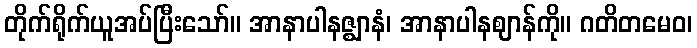
တိုက်ရိုက်ယူအပ်ပြီးသော်။ အာနာပါနဇ္ဈာနံ၊ အာနာပါနဈာန်ကို။ ဂတိတမေဝ၊